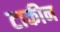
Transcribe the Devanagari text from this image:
टाकीन